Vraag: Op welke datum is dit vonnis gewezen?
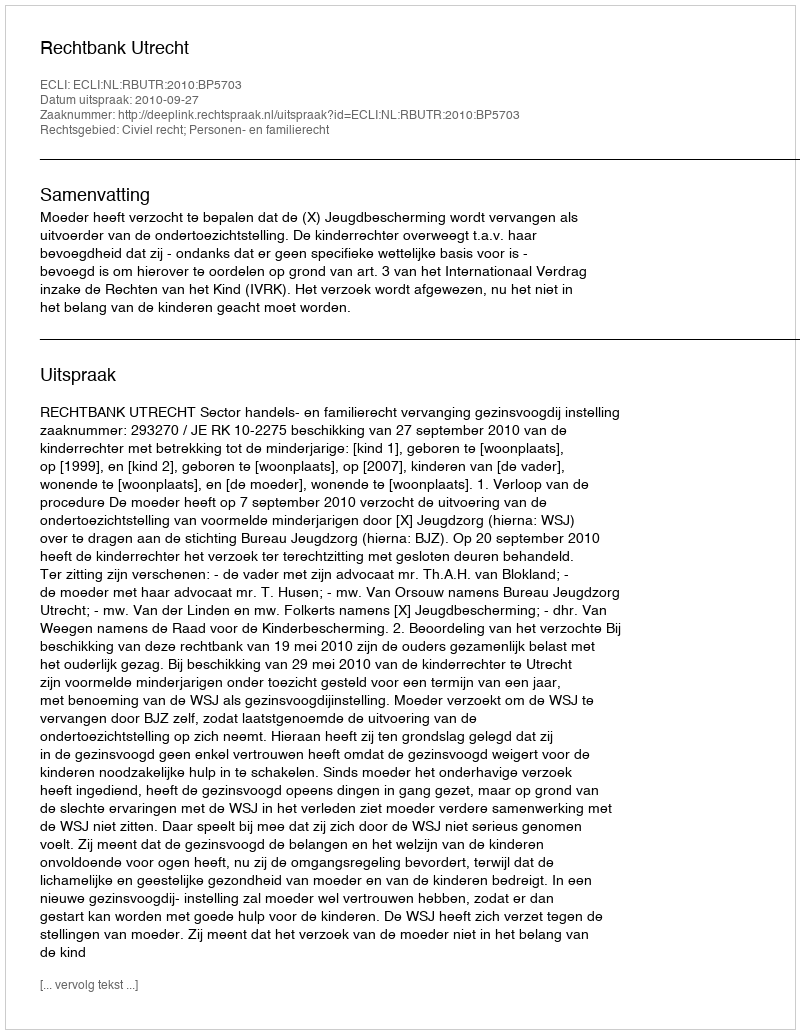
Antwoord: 2010-09-27